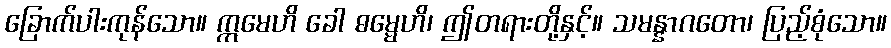
ခြောက်ပါးကုန်သော။ ဣမေဟိ ခေါ ဓမ္မေဟိ၊ ဤတရားတို့နှင့်။ သမန္နာဂတော၊ ပြည့်စုံသော။